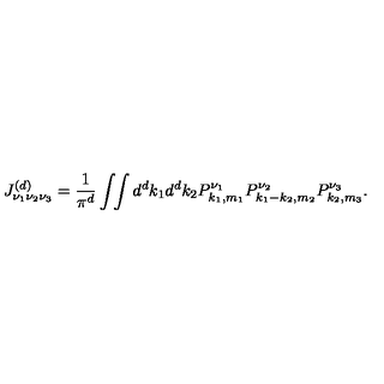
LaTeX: J _ { \nu _ { 1 } \nu _ { 2 } \nu _ { 3 } } ^ { ( d ) } = \frac { 1 } { \pi ^ { d } } \int \! \! \int { d ^ { d } k _ { 1 } d ^ { d } k _ { 2 } } P _ { k _ { 1 } , m _ { 1 } } ^ { \nu _ { 1 } } P _ { k _ { 1 } - k _ { 2 } , m _ { 2 } } ^ { \nu _ { 2 } } P _ { k _ { 2 } , m _ { 3 } } ^ { \nu _ { 3 } } .